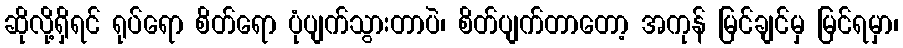
ဆိုလို့ရှိရင် ရုပ်ရော စိတ်ရော ပုံပျက်သွားတာပဲ၊ စိတ်ပျက်တာတော့ အကုန် မြင်ချင်မှ မြင်ရမှာ၊